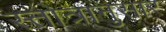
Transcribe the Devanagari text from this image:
स्तोत्रानुसार